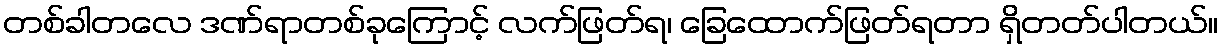
တစ်ခါတလေ ဒဏ်ရာတစ်ခုကြောင့် လက်ဖြတ်ရ၊ ခြေထောက်ဖြတ်ရတာ ရှိတတ်ပါတယ်။